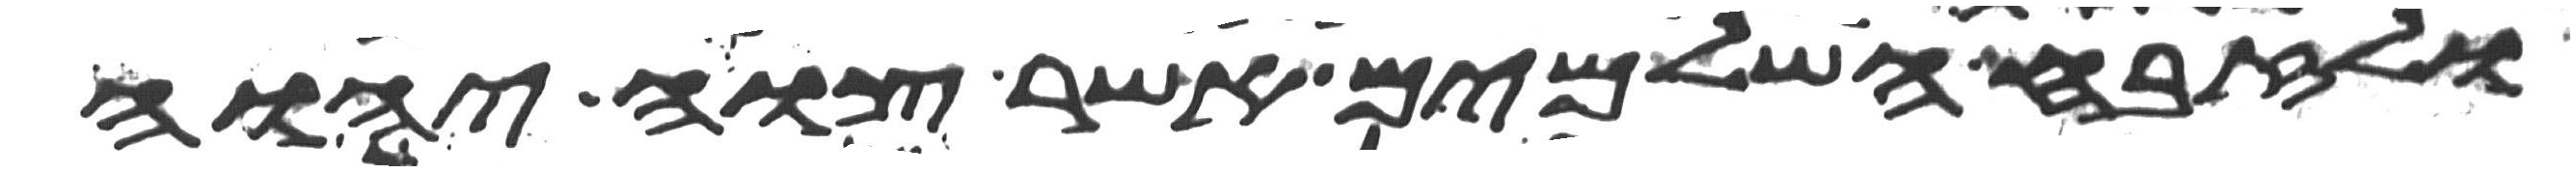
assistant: ולזבח השלמים אשר צוה יהוה